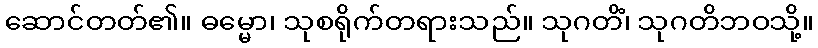
ဆောင်တတ်၏။ ဓမ္မော၊ သုစရိုက်တရားသည်။ သုဂတိံ၊ သုဂတိဘဝသို့။